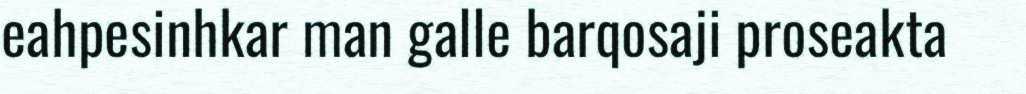
eahpesinhkar man galle barqosaji proseakta